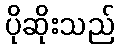
ပိုဆိုးသည်